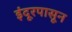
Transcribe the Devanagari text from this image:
इंदूरपासून